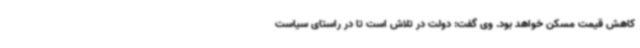
کاهش قیمت مسکن خواهد بود. وی گفت: دولت در تلاش است تا در راستای سیاست